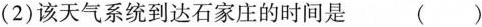
(2)该天气系统到达石家庄的时间是 ()